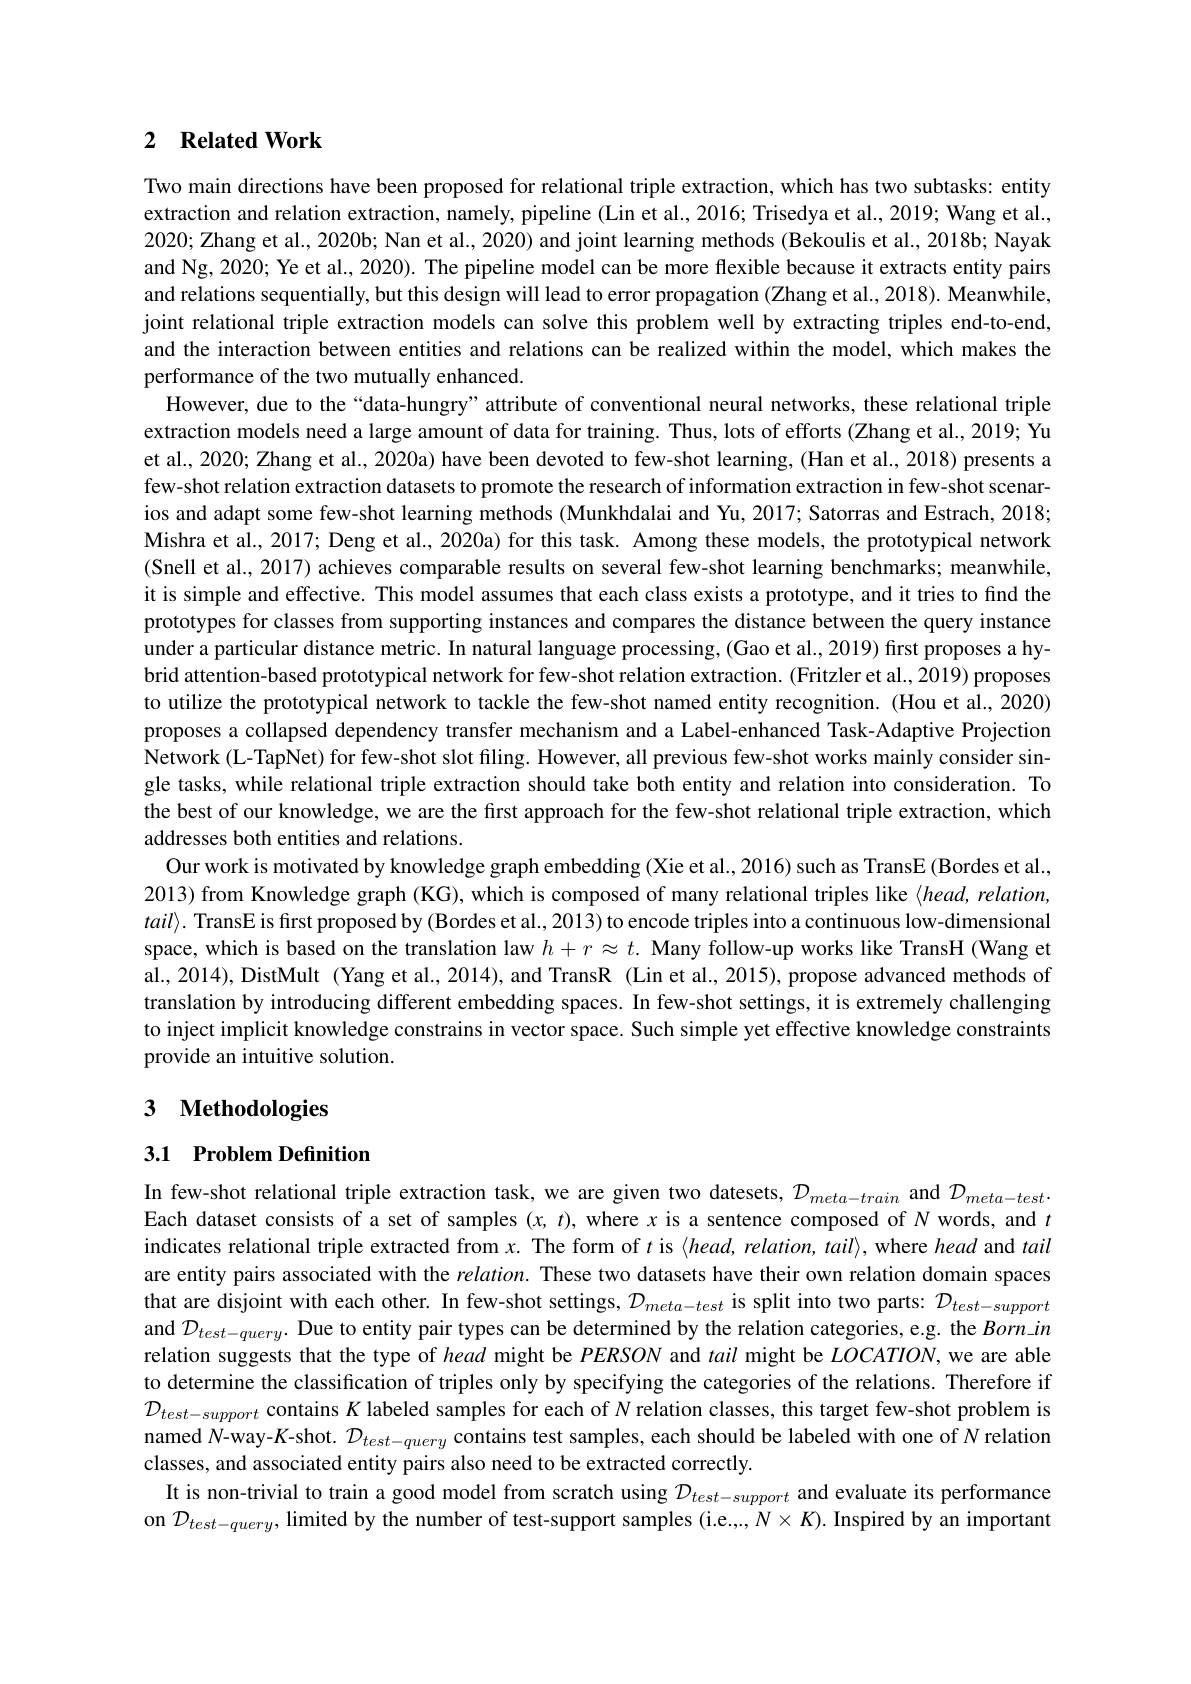
### 2 $\textbf{Related Work}$

Two main directions have been proposed for relational triple extraction, which has two subtasks: entity extraction and relation extraction, namely, pipeline (Lin et al., 2016; Trisedya et al., 2019; Wang et al., 2020; Zhang et al., 2020b; Nan et al., 2020) and joint learning methods (Bekoulis et al., 2018b; Nayak and Ng, 2020; Ye et al., 2020). The pipeline model can be more flexible because it extracts entity pairs and relations sequentially, but this design will lead to error propagation (Zhang et al., 2018). Meanwhile, joint relational triple extraction models can solve this problem well by extracting triples end-to-end, and the interaction between entities and relations can be realized within the model, which makes the performance of the two mutually enhanced.
However, due to the “data-hungry”attribute of conventional neural networks, these relational triple extraction models need a large amount of data for training. Thus, lots of efforts (Zhang et al., 2019; Yu et al., 2020; Zhang et al., 2020a) have been devoted to few-shot learning, (Han et al., 2018) presents a few-shot relation extraction datasets to promote the research of information extraction in few-shot scenarios and adapt some few-shot learning methods (Munkhdalai and Yu, 2017; Satorras and Estrach, 2018; Mishra et al., 2017; Deng et al., 2020a) for this task. Among these models, the prototypical network (Snell et al., 2017) achieves comparable results on several few-shot learning benchmarks; meanwhile, it is simple and effective. This model assumes that each class exists a prototype, and it tries to find the prototypes for classes from supporting instances and compares the distance between the query instance under a particular distance metric. In natural language processing, (Gao et al., 2019) first proposes a hybrid attention-based prototypical network for few-shot relation extraction. (Fritzler et al., 2019) proposes to utilize the prototypical network to tackle the few-shot named entity recognition. (Hou et al., 2020) proposes a collapsed dependency transfer mechanism and a Label-enhanced Task-Adaptive Projection Network (L-TapNet) for few-shot slot filing. However, all previous few-shot works mainly consider single tasks, while relational triple extraction should take both entity and relation into consideration. To the best of our knowledge, we are the first approach for the few-shot relational triple extraction, which addresses both entities and relations.
Our work is motivated by knowledge graph embedding (Xie et al., 2016) such as TransE (Bordes et al., 2013) from Knowledge graph (KG), which is composed of many relational triples like $\langle head,relation$, $tail\rangle.$ TransE is frst proposed by (Bordes et al., 2013) to encode triples into a continuous low-dimensional space, which is based on the translation law $h+r\approx t.$ Many follow-up works like TransH (Wang et al., 2014), DistMult (Yang et al., 2014), and TransR (Lin et al., 2015), propose advanced methods of translation by introducing different embedding spaces. In few-shot settings, it is extremely challenging to inject implicit knowledge constrains in vector space. Such simple yet effective knowledge constraints provide an intuitive solution.

## 3 Methodologies

## 3.1 Problem Definition

In few-shot relational triple extraction task, we are given two datesets, $\mathcal{D}_meta-train$ and $\mathcal{D}_meta-test.$ Each dataset consists of a set of samples $(x,t)$, where $x$ is a sentence composed of $N$ words, and $t$ indicates relational triple extracted from $x.$ The form of $t$ is $\langle head,relation,tail\rangle$, where head and tail are entity pairs associated with the $relation.$ These two datasets have their own relation domain spaces that are disjoint with each other. In few-shot settings, $\mathcal{D}_{meta-test}$ is split into two parts: $\mathcal{D}_{test-support}$ and $\mathcal{D}_{test-query}.$ Due to entity pair types can be determined by the relation categories, e.g. the $Born\_in$ relation suggests that the type of head might be $PERSON$ and tail might be $LOCATION$, we are able to determine the classification of triples only by specifying the categories of the relations. Therefore if $\mathcal{D}_{test-support}$ contains $K$ labeled samples for each of $N$ relation classes, this target few-shot problem is named $N$-way-$K$-shot. $\mathcal{D}_test-query$ contains test samples, each should be labeled with one of $N$ relation classes, and associated entity pairs also need to be extracted correctly.
It is non-trivial to train a good model from scratch using $\mathcal{D}_{test-support}$ and evaluate its performance on $\mathcal{D}_{test-query}$, limited by the number of test-support samples (i.e..., $N\times K).$ Inspired by an important